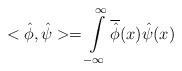
LaTeX: \begin{align*}<\hat{\phi}, \hat{\psi}> = \int\limits_{-\infty}^{\infty}\overline{\hat{\phi}}(x) \hat{\psi}(x)\end{align*}